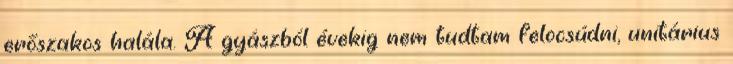
erőszakos halála. A gyászból évekig nem tudtam felocsúdni, unitárius